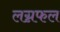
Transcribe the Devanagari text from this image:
लग्नफल